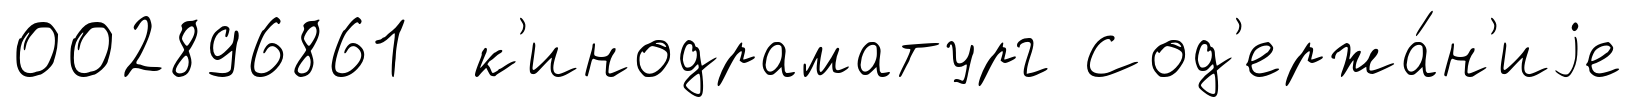
002896861 к'инодраматург Сод'ержа́н'иjе